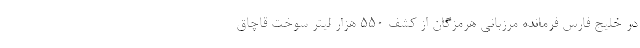
در خلیج فارس فرمانده مرزبانی هرمزگان از کشف ۵۵۰ هزار لیتر سوخت قاچاق